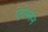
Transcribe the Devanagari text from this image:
ऐरोप्लेन